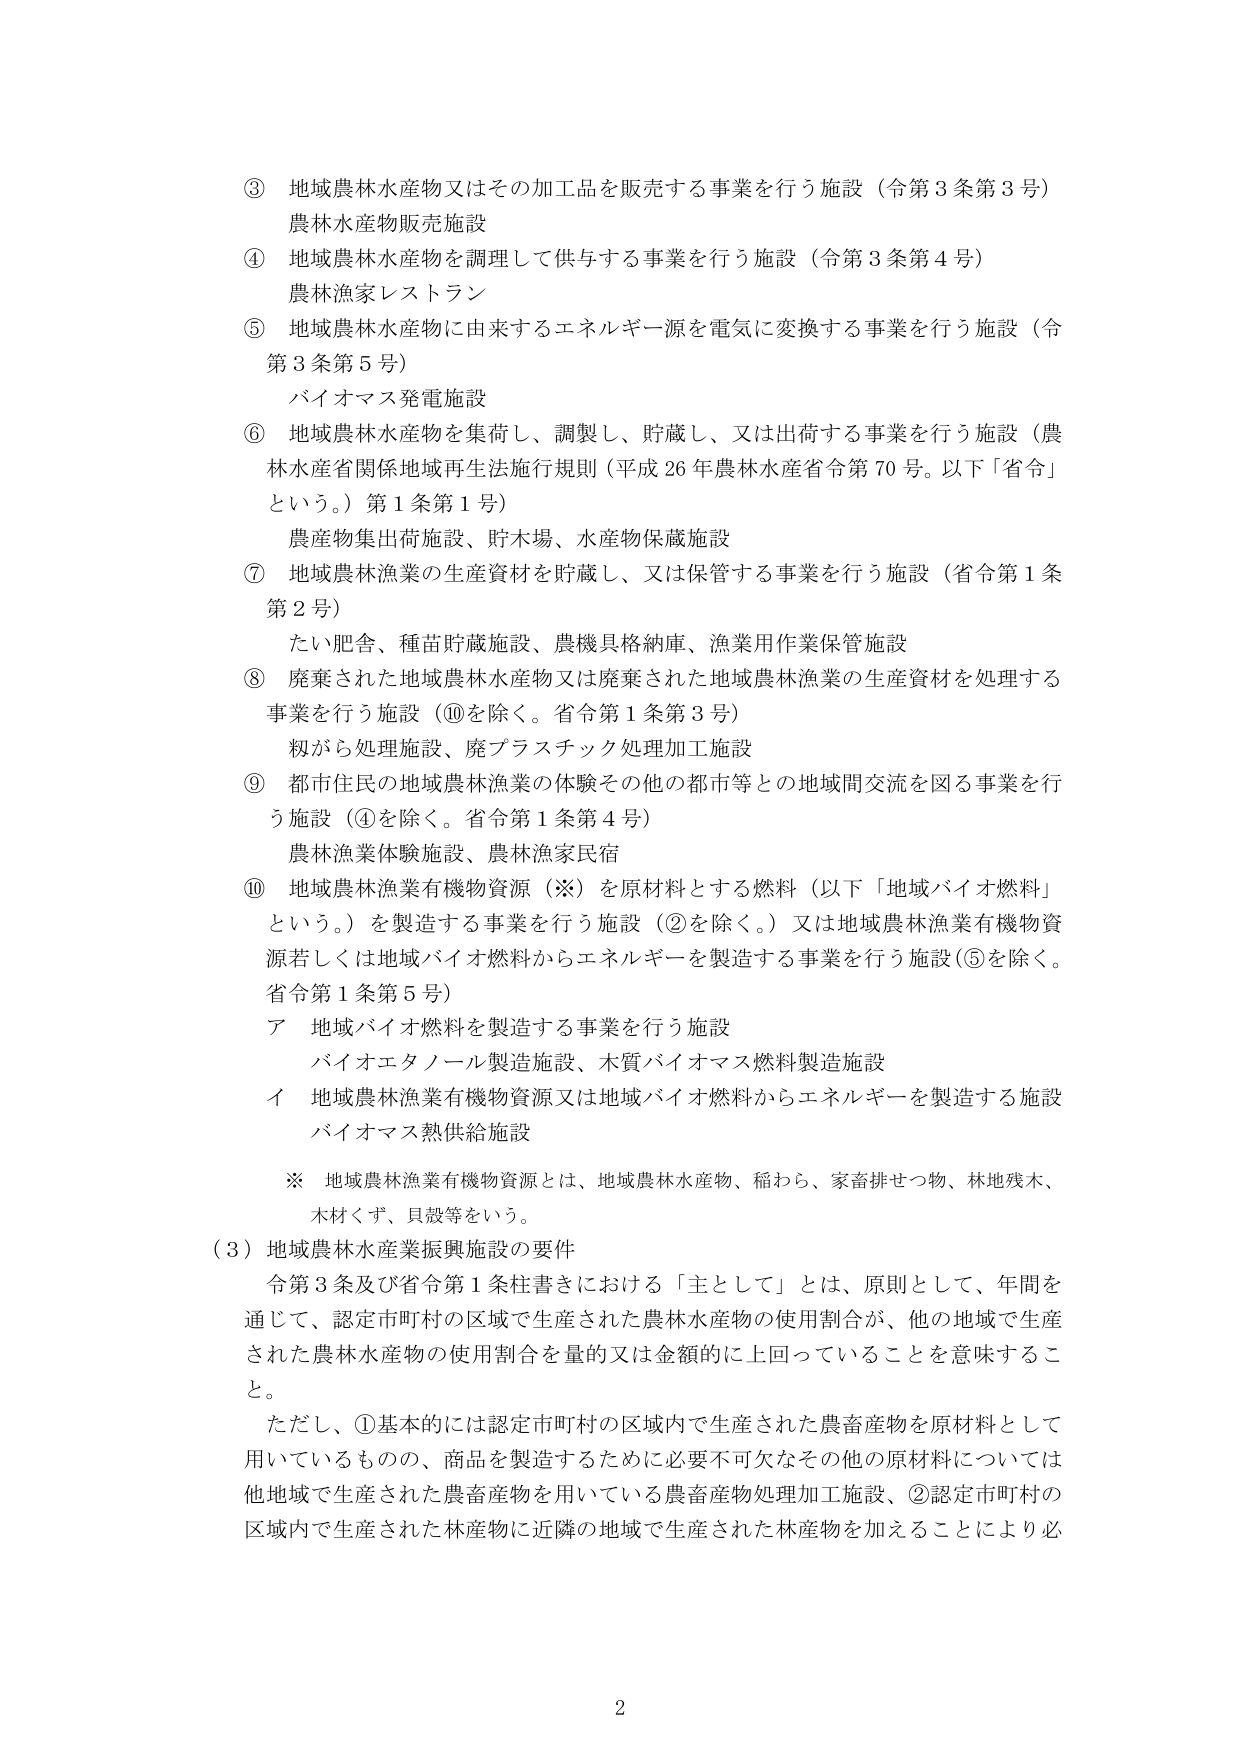
③ 地域農林水産物又はその加工品を販売する事業を行う施設（令第3条第3号）
農林水産物販売施設

④ 地域農林水産物を調理して供与する事業を行う施設（令第3条第4号）
農林漁家レストラン

⑤ 地域農林水産物に由来するエネルギー源を電気に変換する事業を行う施設（令第3条第5号）
バイオマス発電施設

⑥ 地域農林水産物を集荷し、調製し、貯蔵し、又は出荷する事業を行う施設（農林水産省関係地域再生法施行規則（平成26年農林水産省令第70号。以下「省令」という。）第1条第1号）
農産物集出荷施設、貯木場、水産物保蔵施設

⑦ 地域農林漁業の生産資材を貯蔵し、又は保管する事業を行う施設（省令第1条第2号）
たい肥舎、種苗貯蔵施設、農機具格納庫、漁業用作業保管施設

⑧ 廃棄された地域農林水産物又は廃棄された地域農林漁業の生産資材を処理する事業を行う施設（⑩を除く。省令第1条第3号）
糀がら処理施設、廃プラスチック処理加工施設

⑨ 都市住民の地域農林漁業の体験その他の都市等との地域間交流を図る事業を行う施設（④を除く。省令第1条第4号）
農林漁業体験施設、農林漁家民宿

⑩ 地域農林漁業有機物資源（※）を原材料とする燃料（以下「地域バイオ燃料」という。）を製造する事業を行う施設（②を除く。）又は地域農林漁業有機物資源若しくは地域バイオ燃料からエネルギーを製造する事業を行う施設（⑤を除く。省令第1条第5号）
ア 地域バイオ燃料を製造する事業を行う施設
　バイオエタノール製造施設、木質バイオマス燃料製造施設
イ 地域農林漁業有機物資源又は地域バイオ燃料からエネルギーを製造する施設
　バイオマス熱供給施設

※ 地域農林漁業有機物資源とは、地域農林水産物、稲わら、家畜排せつ物、林地残木、木材くず、貝殻等をいう。

（3）地域農林水産業振興施設の要件
令第3条及び省令第1条柱書きにおける「主として」とは、原則として、年間を通じて、認定市町村の区域で生産された農林水産物の使用割合が、他の地域で生産された農林水産物の使用割合を量的又は金額的に上回っていることを意味すること。
ただし、①基本的には認定市町村の区域内で生産された農畜産物を原材料として用いているものの、商品を製造するために必要不可欠なその他の原材料については他地域で生産された農畜産物を用いている農畜産物処理加工施設、②認定市町村の区域内で生産された林産物に近隣の地域で生産された林産物を加えることにより必

2